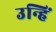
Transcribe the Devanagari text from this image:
उन्हिं